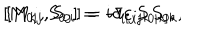
[ M _ { 0 i } , S _ { 0 j } ] = - i \varepsilon _ { i j k } S _ { 0 k } , \hspace { 1 i n } [ M _ { k j } , S _ { 0 i } ] = i \delta _ { i [ j } S _ { 0 | k ] } ,